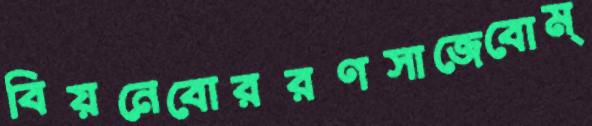
বিয়নেবোররণসাজেবোম্